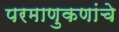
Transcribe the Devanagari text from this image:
परमाणुकणांचे